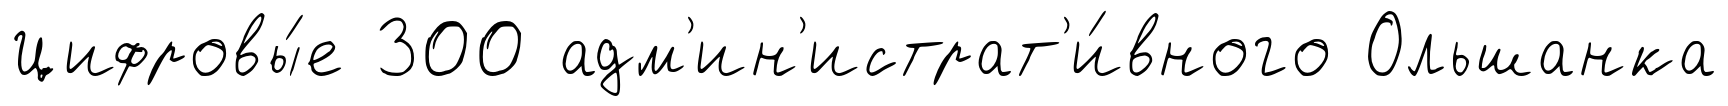
Цифровы́е 300 адм'ин'истрат'и́вного Ольшанка